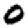
Digit: 0